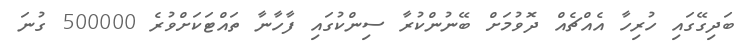
ބަދިގޭގައި ހުރިހާ އެއްޗެއް ދޮވުމަށް ބޭނުންކުރާ ސިންކުގައި ފާހާނާ ތައްޓަކަށްވުރެ 500000 ގުނަ